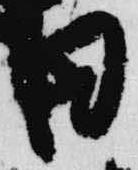
日